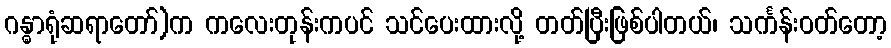
ဂန္ဓာရုံဆရာတော်)က ကလေးတုန်းကပင် သင်ပေးထားလို့ တတ်ပြီးဖြစ်ပါတယ်၊ သင်္ကန်းဝတ်တော့